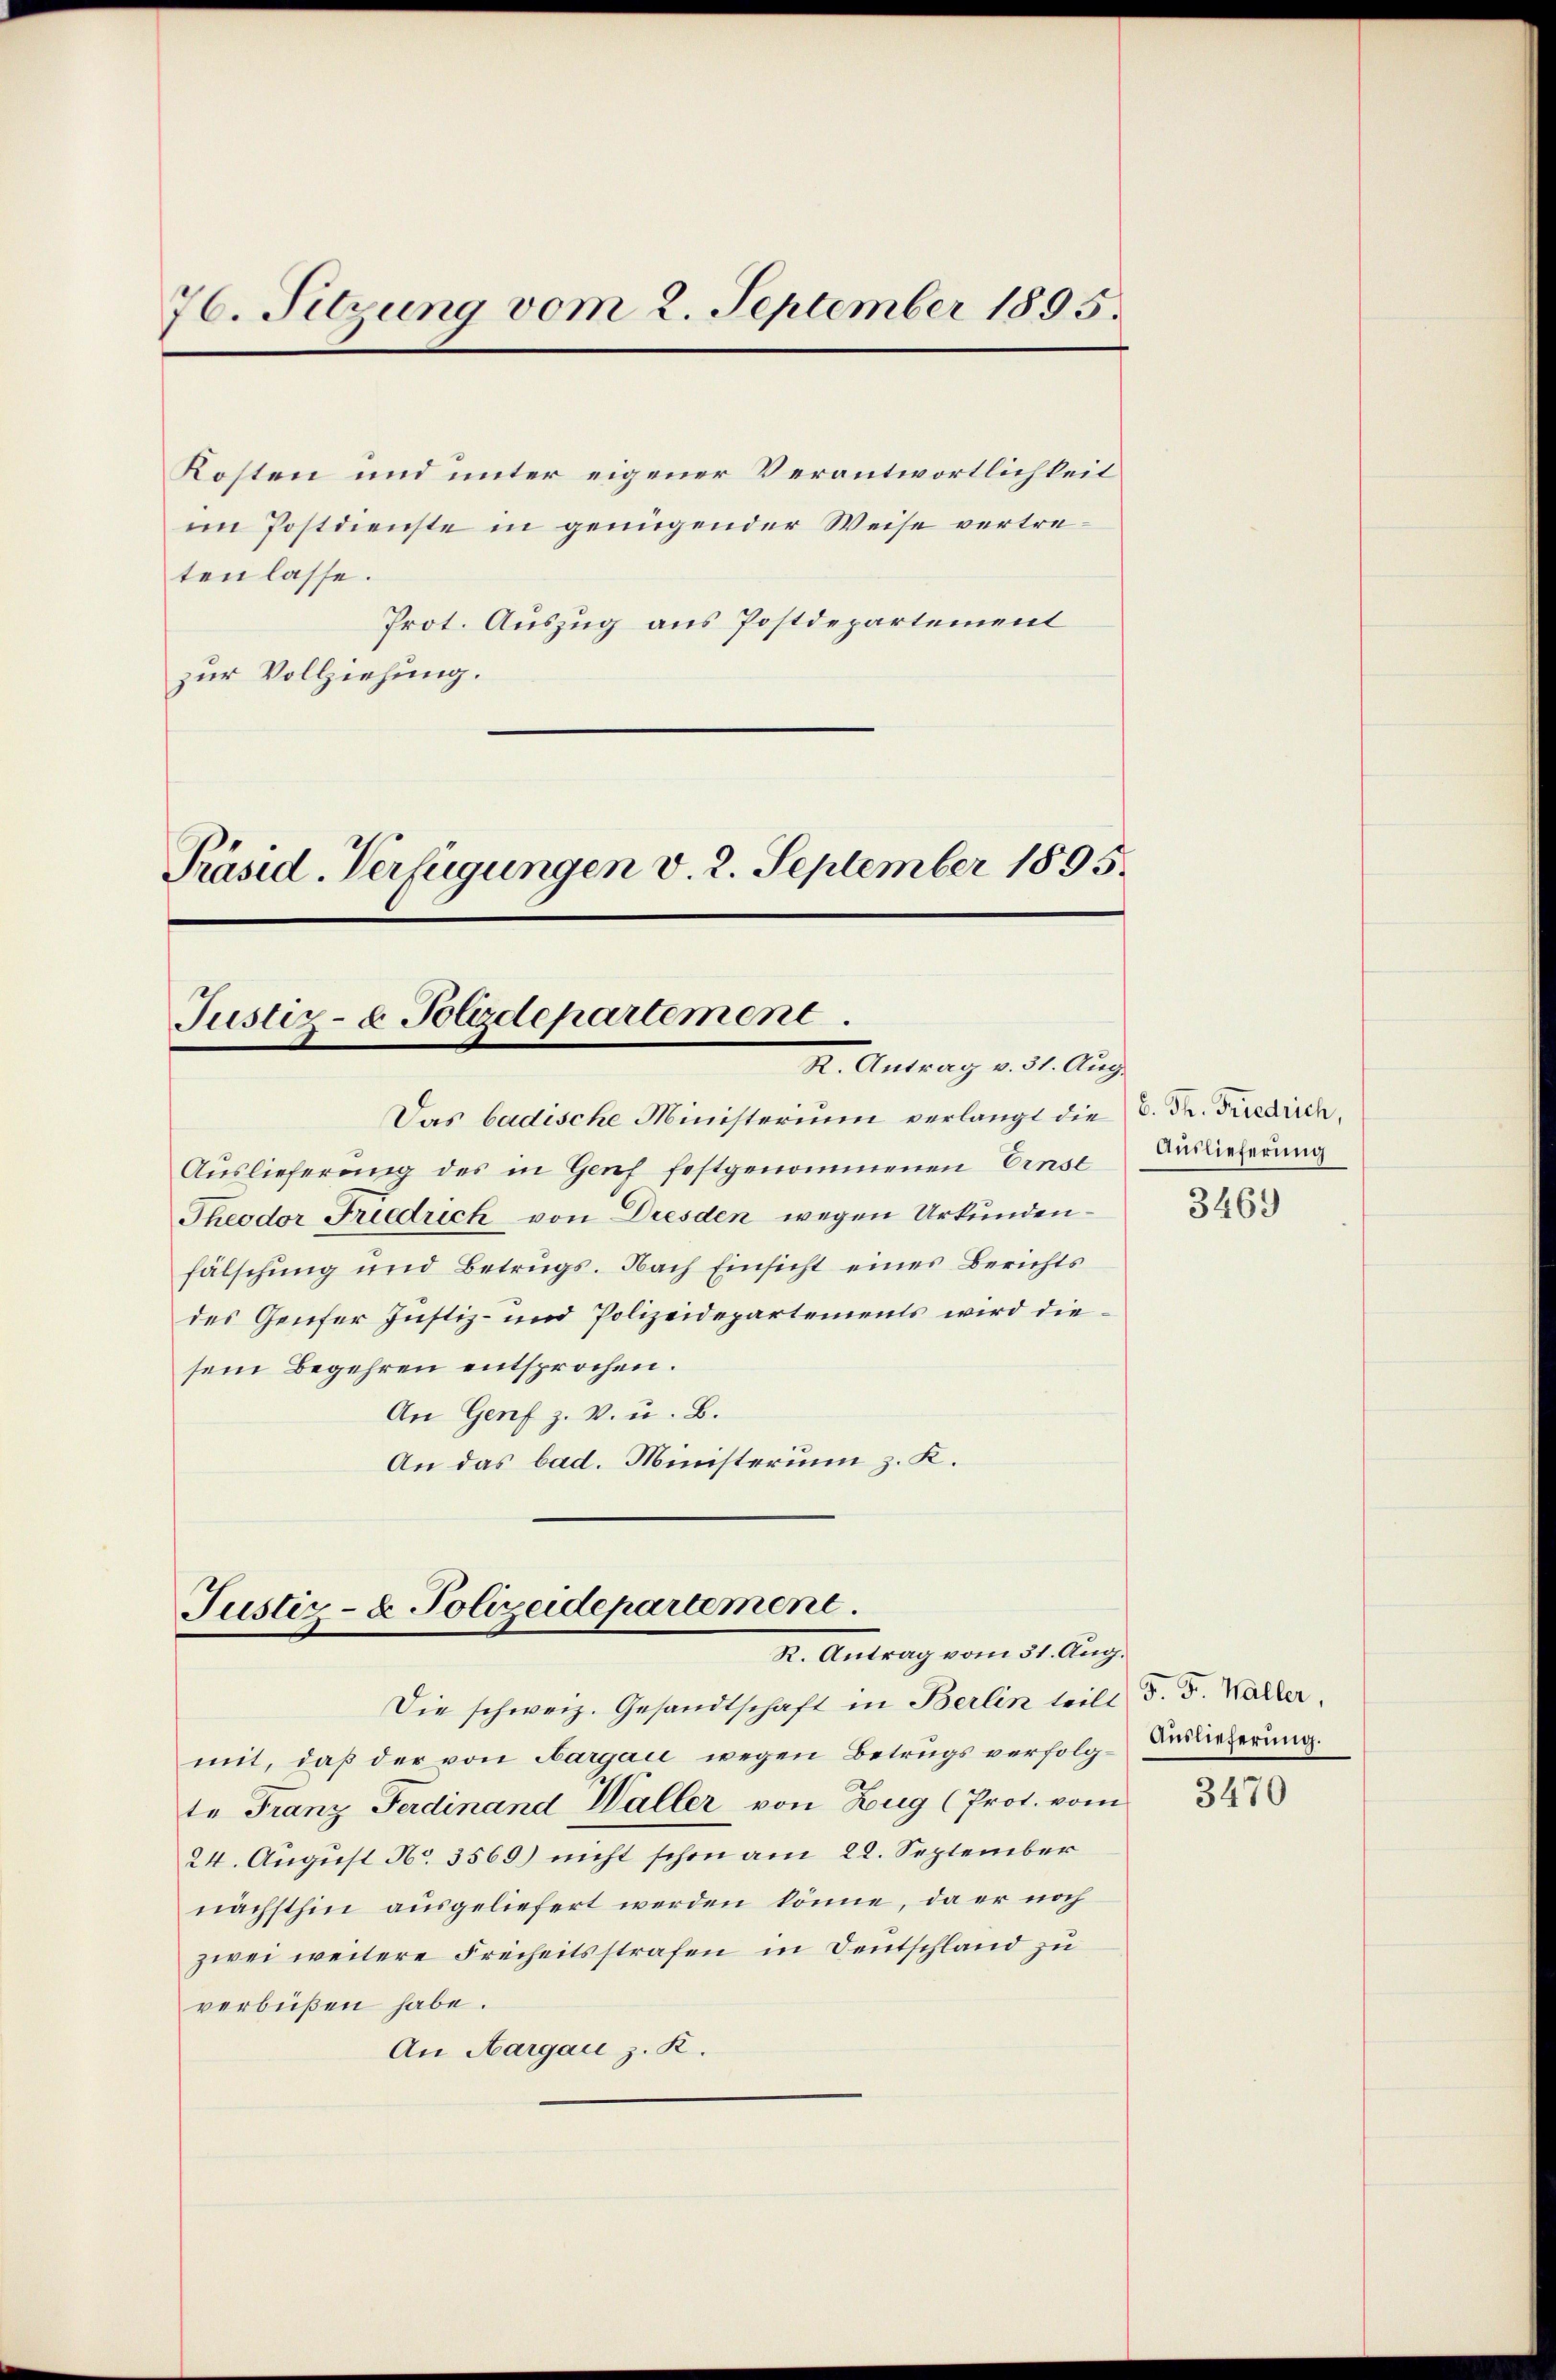
76. Sitzung vom 2. September 1895.

Kosten und unter eigener Verantwortlichkeit
im Postdienste in genügender Weise vertretenlasse.
Prot. Auszug aus Postdepartement
zur Vollziehung.

Justiz- & Polirdepartement
X. Antrag v. 31. Aug.

Präsid. Verfügungen v. 2. September 1895.

Justiz- & Polizeidepartement.
I. Antrag vom 31 Aug.

Das badische Ministerium verlangt die C. Fr. Friedrich,
Auslieferung des in Genf festgenommenen Einse Auslieferung
Theodor Friedrich von Dresden wegen Urkundenfälschung und Betrugs. Nach Einsicht eines Berichts
des Genfer Justiz- und Polizeidepartements wird diesein Begehren entsprochen.
An Genf z. B. u. B.
An das bad. Ministerium z. K.

Die schweiz. Gesandtschaft in Berlin teilt d. d. Waller.
mit, daß der von Aargau wegen Betrugs verfolg-Brieferung.
te Franz Ferdinand Waller von Zug (Prot. vom
24. August No. 3569) nicht schon am 22. September
nächsthin ausgeliefert werden könne, da er noch
zwei weitere Freiheitsstrafen in Deutschland zu
verbüßen habe.
An Aargau z. R.

3469

3470